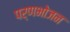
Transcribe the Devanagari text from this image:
पर्णभोजन